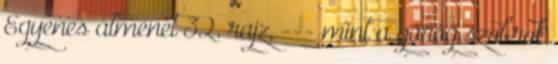
Egyenes átmenet 32. rajz, --- mint a görög szobrok